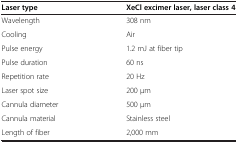
<table><thead><tr><td><b>Laser type</b></td><td><b>XeCl excimer laser, laser class 4</b></td></tr></thead><tbody><tr><td>Wavelength</td><td>308 nm</td></tr><tr><td>Cooling</td><td>Air</td></tr><tr><td>Pulse energy</td><td>1.2 mJ at fiber tip</td></tr><tr><td>Pulse duration</td><td>60 ns</td></tr><tr><td>Repetition rate</td><td>20 Hz</td></tr><tr><td>Laser spot size</td><td>200 μm</td></tr><tr><td>Cannula diameter</td><td>500 μm</td></tr><tr><td>Cannula material</td><td>Stainless steel</td></tr><tr><td>Length of fiber</td><td>2,000 mm</td></tr></tbody></table>